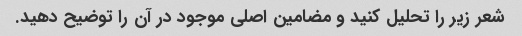
شعر زیر را تحلیل کنید و مضامین اصلی موجود در آن را توضیح دهید.